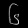
Digit: ၆